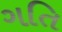
ગતિ